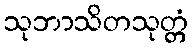
သုဘာသိတသုတ္တံ